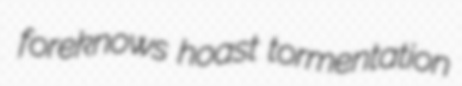
foreknows hoast tormentation